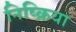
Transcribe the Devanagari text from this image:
निष्‍क्रिया